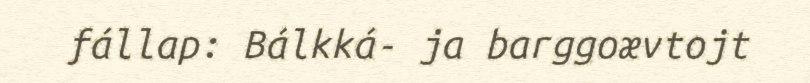
fállap: Bálkká- ja barggoævtojt